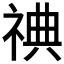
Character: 𬒿